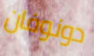
دونوفان